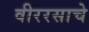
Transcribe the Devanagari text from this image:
वीररसाचे